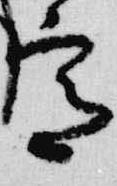
宮